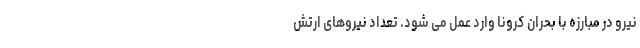
نیرو در مبارزه با بحران کرونا وارد عمل می شود. تعداد نیروهای ارتش